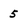
Character: 5